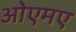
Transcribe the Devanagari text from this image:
ओएमए